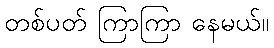
တစ်ပတ် ကြာကြာ နေမယ်။